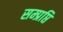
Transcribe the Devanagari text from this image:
सम्प्रप्ति